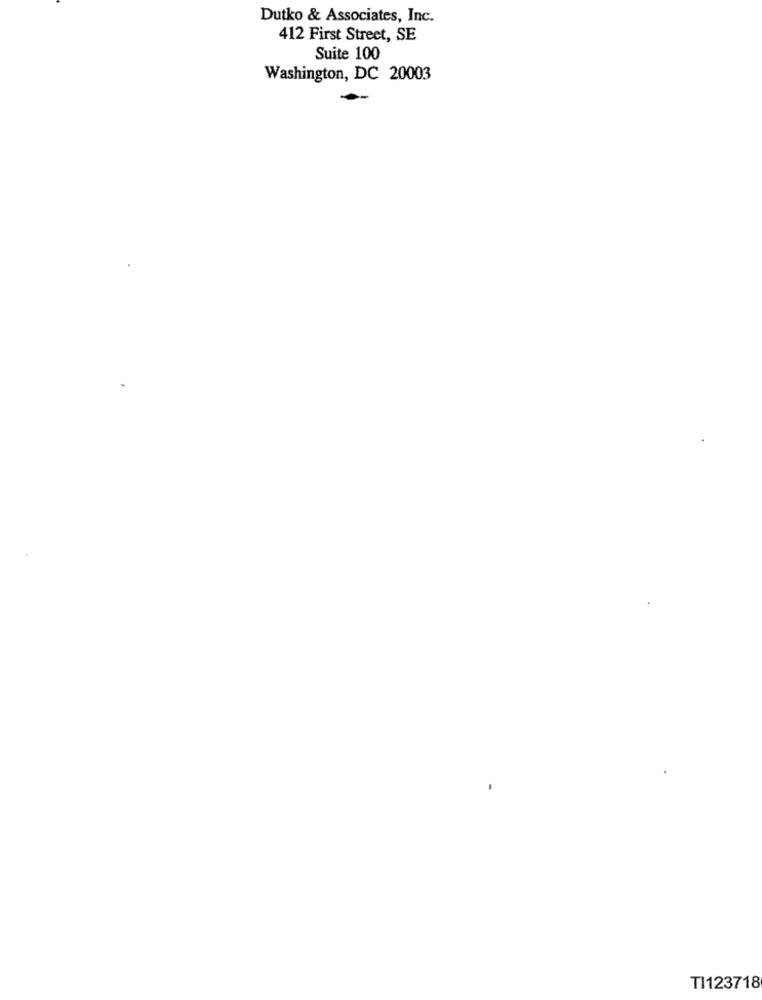
Dutko & Associates, Inc.
412 First Street, SE
Suite 100
Washington, DC 20003
TI123718